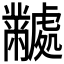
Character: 𬹜